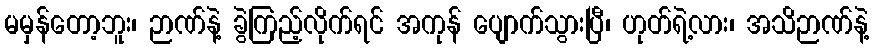
မမှန်တော့ဘူး၊ ဉာဏ်နဲ့ ခွဲကြည့်လိုက်ရင် အကုန် ပျောက်သွားပြီ၊ ဟုတ်ရဲ့လား၊ အသိဉာဏ်နဲ့